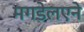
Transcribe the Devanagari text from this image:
मगडेलएने